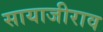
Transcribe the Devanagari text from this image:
सायाजीराव